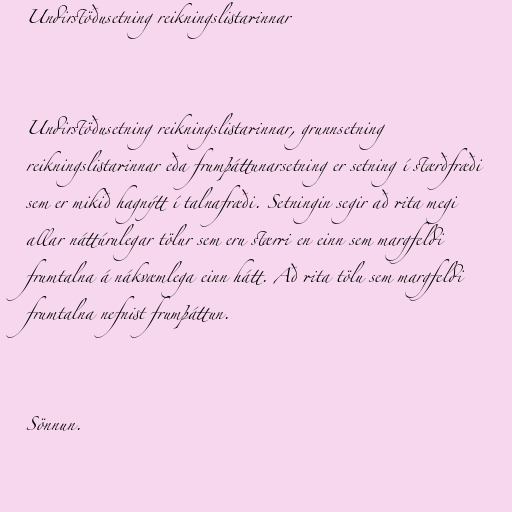
Undirstöðusetning reikningslistarinnar

Undirstöðusetning reikningslistarinnar, grunnsetning
reikningslistarinnar eða frumþáttunarsetning er setning í stærðfræði
sem er mikið hagnýtt í talnafræði. Setningin segir að rita megi
allar náttúrulegar tölur sem eru stærri en einn sem margfeldi
frumtalna á nákvæmlega einn hátt. Að rita tölu sem margfeldi
frumtalna nefnist frumþáttun.

Sönnun.